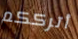
أترككم